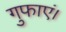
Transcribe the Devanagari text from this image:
गुफाएं।